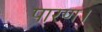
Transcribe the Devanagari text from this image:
पारण।